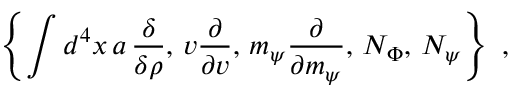
\left\{ \int d ^ { 4 } x \, a \, \frac \delta { \delta \rho } , \, v \frac \partial { \partial v } , \, m _ { \psi } \frac \partial { \partial m _ { \psi } } , \, { \cal N } _ { \Phi } , \, { \cal N } _ { \psi } \right\} \, \, ,